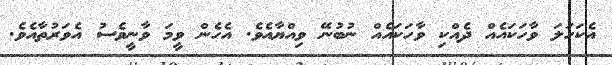
އެކަހަލަ ވާހަކައެއް ދެއްކި ވާހަކައެއް ނުބުނޭ ވިއްޔާއެވެ. އެހެން ވީމަ ވާނީވެސު އެވަރުތާއެވެ.